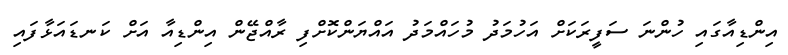
އިންޑިއާގައި ހުންނަ ސަފީރަކަށް އަހުމަދު މުހައްމަދު އައްޔަންކޮށްފި ރާއްޖޭން އިންޑިއާ އަށް ކަނޑައަޅާފައި